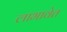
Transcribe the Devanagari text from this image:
लाभावेत